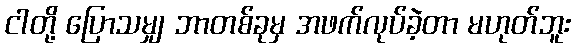
ငါတို့ ပြောသမျှ ဘာတစ်ခုမှ အဖက်လုပ်ခဲ့တာ မဟုတ်ဘူး